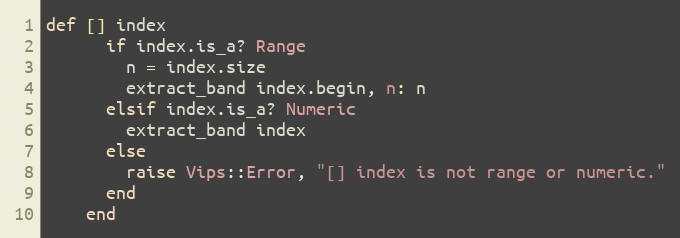
Language: Ruby
def [] index
      if index.is_a? Range
        n = index.size
        extract_band index.begin, n: n
      elsif index.is_a? Numeric
        extract_band index
      else
        raise Vips::Error, "[] index is not range or numeric."
      end
    end